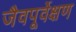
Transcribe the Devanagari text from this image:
जैवपूर्वेक्षण